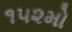
૧૫૨મો